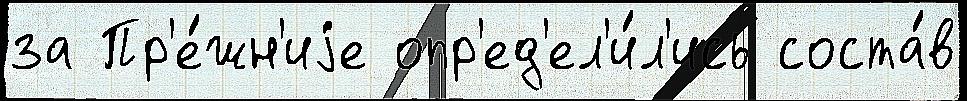
за Пр'е́жн'иjе опр'ед'ел'и́л'ись соста́в